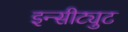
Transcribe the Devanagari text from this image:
इन्सीट्युट